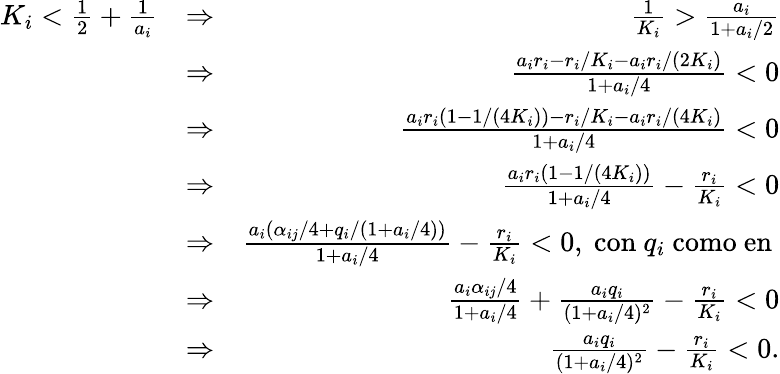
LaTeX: \begin{array}{rlr}{K_{i}<\frac{1}{2}+\frac{1}{a_{i}}}&{\Rightarrow}&{\frac{1}{K_{i}}>\frac{a_{i}}{1+a_{i}/2}}\\ &{\Rightarrow}&{\frac{a_{i}r_{i}-r_{i}/K_{i}-a_{i}r_{i}/(2K_{i})}{1+a_{i}/4}<0}\\ &{\Rightarrow}&{\frac{a_{i}r_{i}(1-1/(4K_{i}))-r_{i}/K_{i}-a_{i}r_{i}/(4K_{i})}{1+a_{i}/4}<0}\\ &{\Rightarrow}&{\frac{a_{i}r_{i}(1-1/(4K_{i}))}{1+a_{i}/4}-\frac{r_{i}}{K_{i}}<0}\\ &{\Rightarrow}&{\frac{a_{i}(\alpha_{ij}/4+q_{i}/(1+a_{i}/4))}{1+a_{i}/4}-\frac{r_{i}}{K_{i}}<0\mathrm{,~con~}q_{i}\mathrm{~como~en~}}\\ &{\Rightarrow}&{\frac{a_{i}\alpha_{ij}/4}{1+a_{i}/4}+\frac{a_{i}q_{i}}{(1+a_{i}/4)^{2}}-\frac{r_{i}}{K_{i}}<0}\\ &{\Rightarrow}&{\frac{a_{i}q_{i}}{(1+a_{i}/4)^{2}}-\frac{r_{i}}{K_{i}}<0.}\end{array}